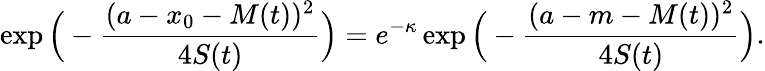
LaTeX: \exp\Big(-\frac{(a-x_{0}-M(t))^{2}}{4S(t)}\Big)=e^{-\kappa}\exp\Big(-\frac{(a-m-M(t))^{2}}{4S(t)}\Big).